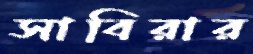
সাবিরার